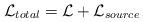
LaTeX: \begin{align*}{\cal L}_{total} = {\cal L} + {\cal L}_{source}\end{align*}